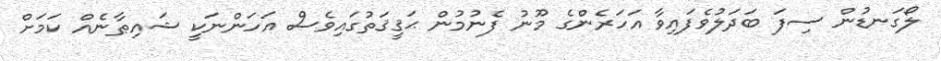
ލޯގަނޑުން ސިފަ ބަދަލުވެފައިވާ އަހަރެންގެ މޫނު ފެނުމުން ޙަޤީޤަތުގައިވެސް އަހަންނަކީ ޝައިޠާނެއް ކަމަށް